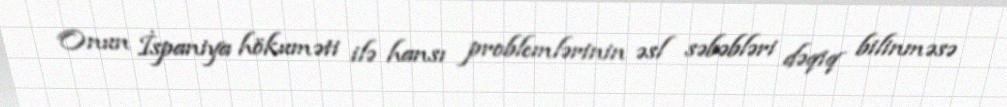
Onun İspaniya hökuməti ilə hansı problemlərinin əsl səbəbləri dəqiq bilinməsə